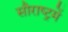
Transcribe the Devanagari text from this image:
सौराष्‍ट्रमें